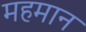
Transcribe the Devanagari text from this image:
महमान